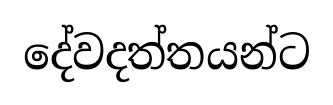
දේවදත්තයන්ට